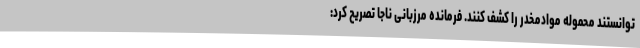
توانستند محموله موادمخدر را کشف کنند. فرمانده مرزبانی ناجا تصریح کرد: